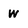
Character: W